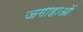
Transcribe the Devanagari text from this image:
जगाहाओं